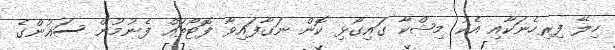
ހިލޭ ފިރިހެނަކާއި އެކު މިޝްކާ ގައިގޯޅި ކޮން ނަގާފައިވާ ފޮޓޯތައް ފެނުމުން ސައުންގެ